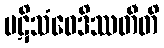
ပဋိသံဝေဒိဿတီတိ